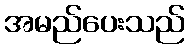
အမည်ပေးသည်